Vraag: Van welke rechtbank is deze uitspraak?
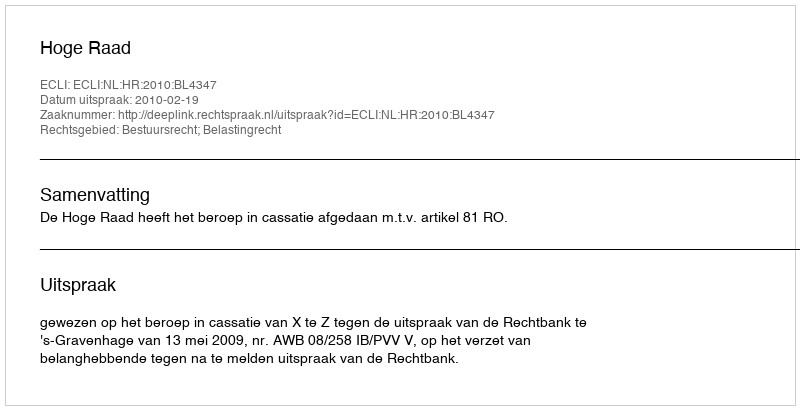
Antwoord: Hoge Raad